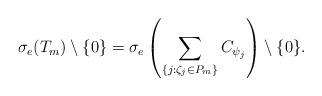
LaTeX: \begin{align*}\sigma_e(T_m) \setminus \{0\} = \sigma_e\left(\sum_{\{j: \zeta_j\in P_m\}} C_{\psi_j}\right)\setminus\{0\}.\end{align*}